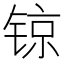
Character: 𨱉